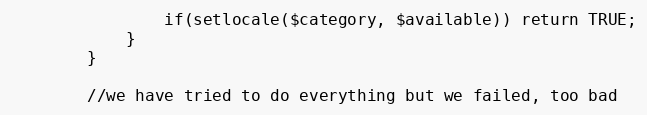
Language: PHP
                if(setlocale($category, $available)) return TRUE;
            }
        }

        //we have tried to do everything but we failed, too bad